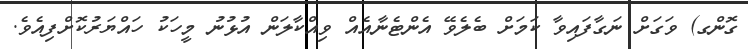
ގޮންގ) ވަގަށް ނަގާފައިވާ ކަމަށް ބެލެވޭ އެންޓެނާއެއް ވިއްކާލަން އުޅުނު މީހަކު ހައްޔަރުކޮށްފިއެވެ.